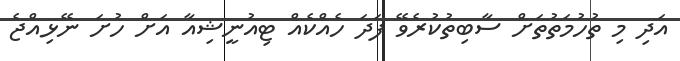
އަދި މި ތުހުމަތުތަށް ސާބިތުކުރެވޭ ފަދަ ހެއްކެއް ޓިއުނީޝިއާ އަށް ހުށަ ނޭޅިއްޖެ